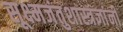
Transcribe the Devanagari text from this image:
सूक्ष्मजंतुशास्त्रज्ञांनी